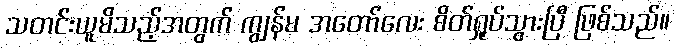
သတင်းယူမိသည့်အတွက် ကျွန်မ အတော်လေး စိတ်ရှုပ်သွားပြီ ဖြစ်သည်။